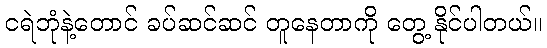
ငရဲဘုံနဲ့တောင် ခပ်ဆင်ဆင် တူနေတာကို တွေ့ နိုင်ပါတယ်။